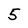
Character: 5